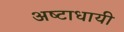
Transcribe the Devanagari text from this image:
अष्‍टाधायी